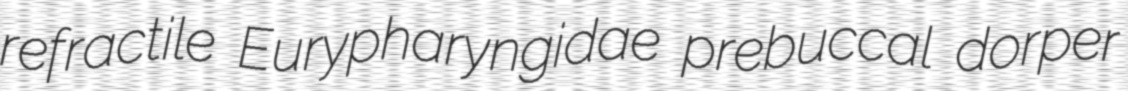
refractile Eurypharyngidae prebuccal dorper